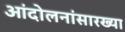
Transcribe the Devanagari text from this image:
आंदोलनांसारख्या